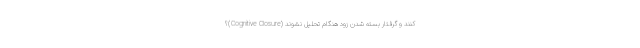
کنند و گرفتار بسته شدن زود هنگام تحلیل نشوند (Cognitive Closure)؟